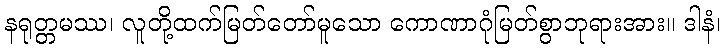
နရုတ္တမဿ၊ လူတို့ထက်မြတ်တော်မူသော ကောဏာဂုံမြတ်စွာဘုရားအား။ ဒါနံ၊